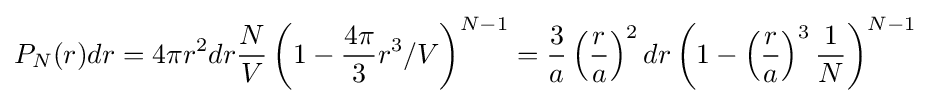
P_{N}(r)dr=4\pi r^{2}dr{\frac {N}{V}}\left(1-{\frac {4\pi }{3}}r^{3}/V\right)^{N-1}={\frac {3}{a}}\left({\frac {r}{a}}\right)^{2}dr\left(1-\left({\frac {r}{a}}\right)^{3}{\frac {1}{N}}\right)^{N-1}